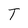
Character: T